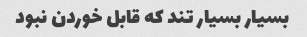
بسیار بسیار تند که قابل خوردن نبود